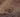
لماذا